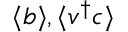
\langle b \rangle , \langle v ^ { \dagger } c \rangle